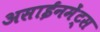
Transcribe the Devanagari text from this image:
असाईनमेंट्स